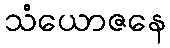
သံယောဇနေ